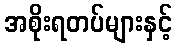
အစိုးရတပ်များနှင့်